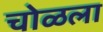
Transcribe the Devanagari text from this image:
चोळला